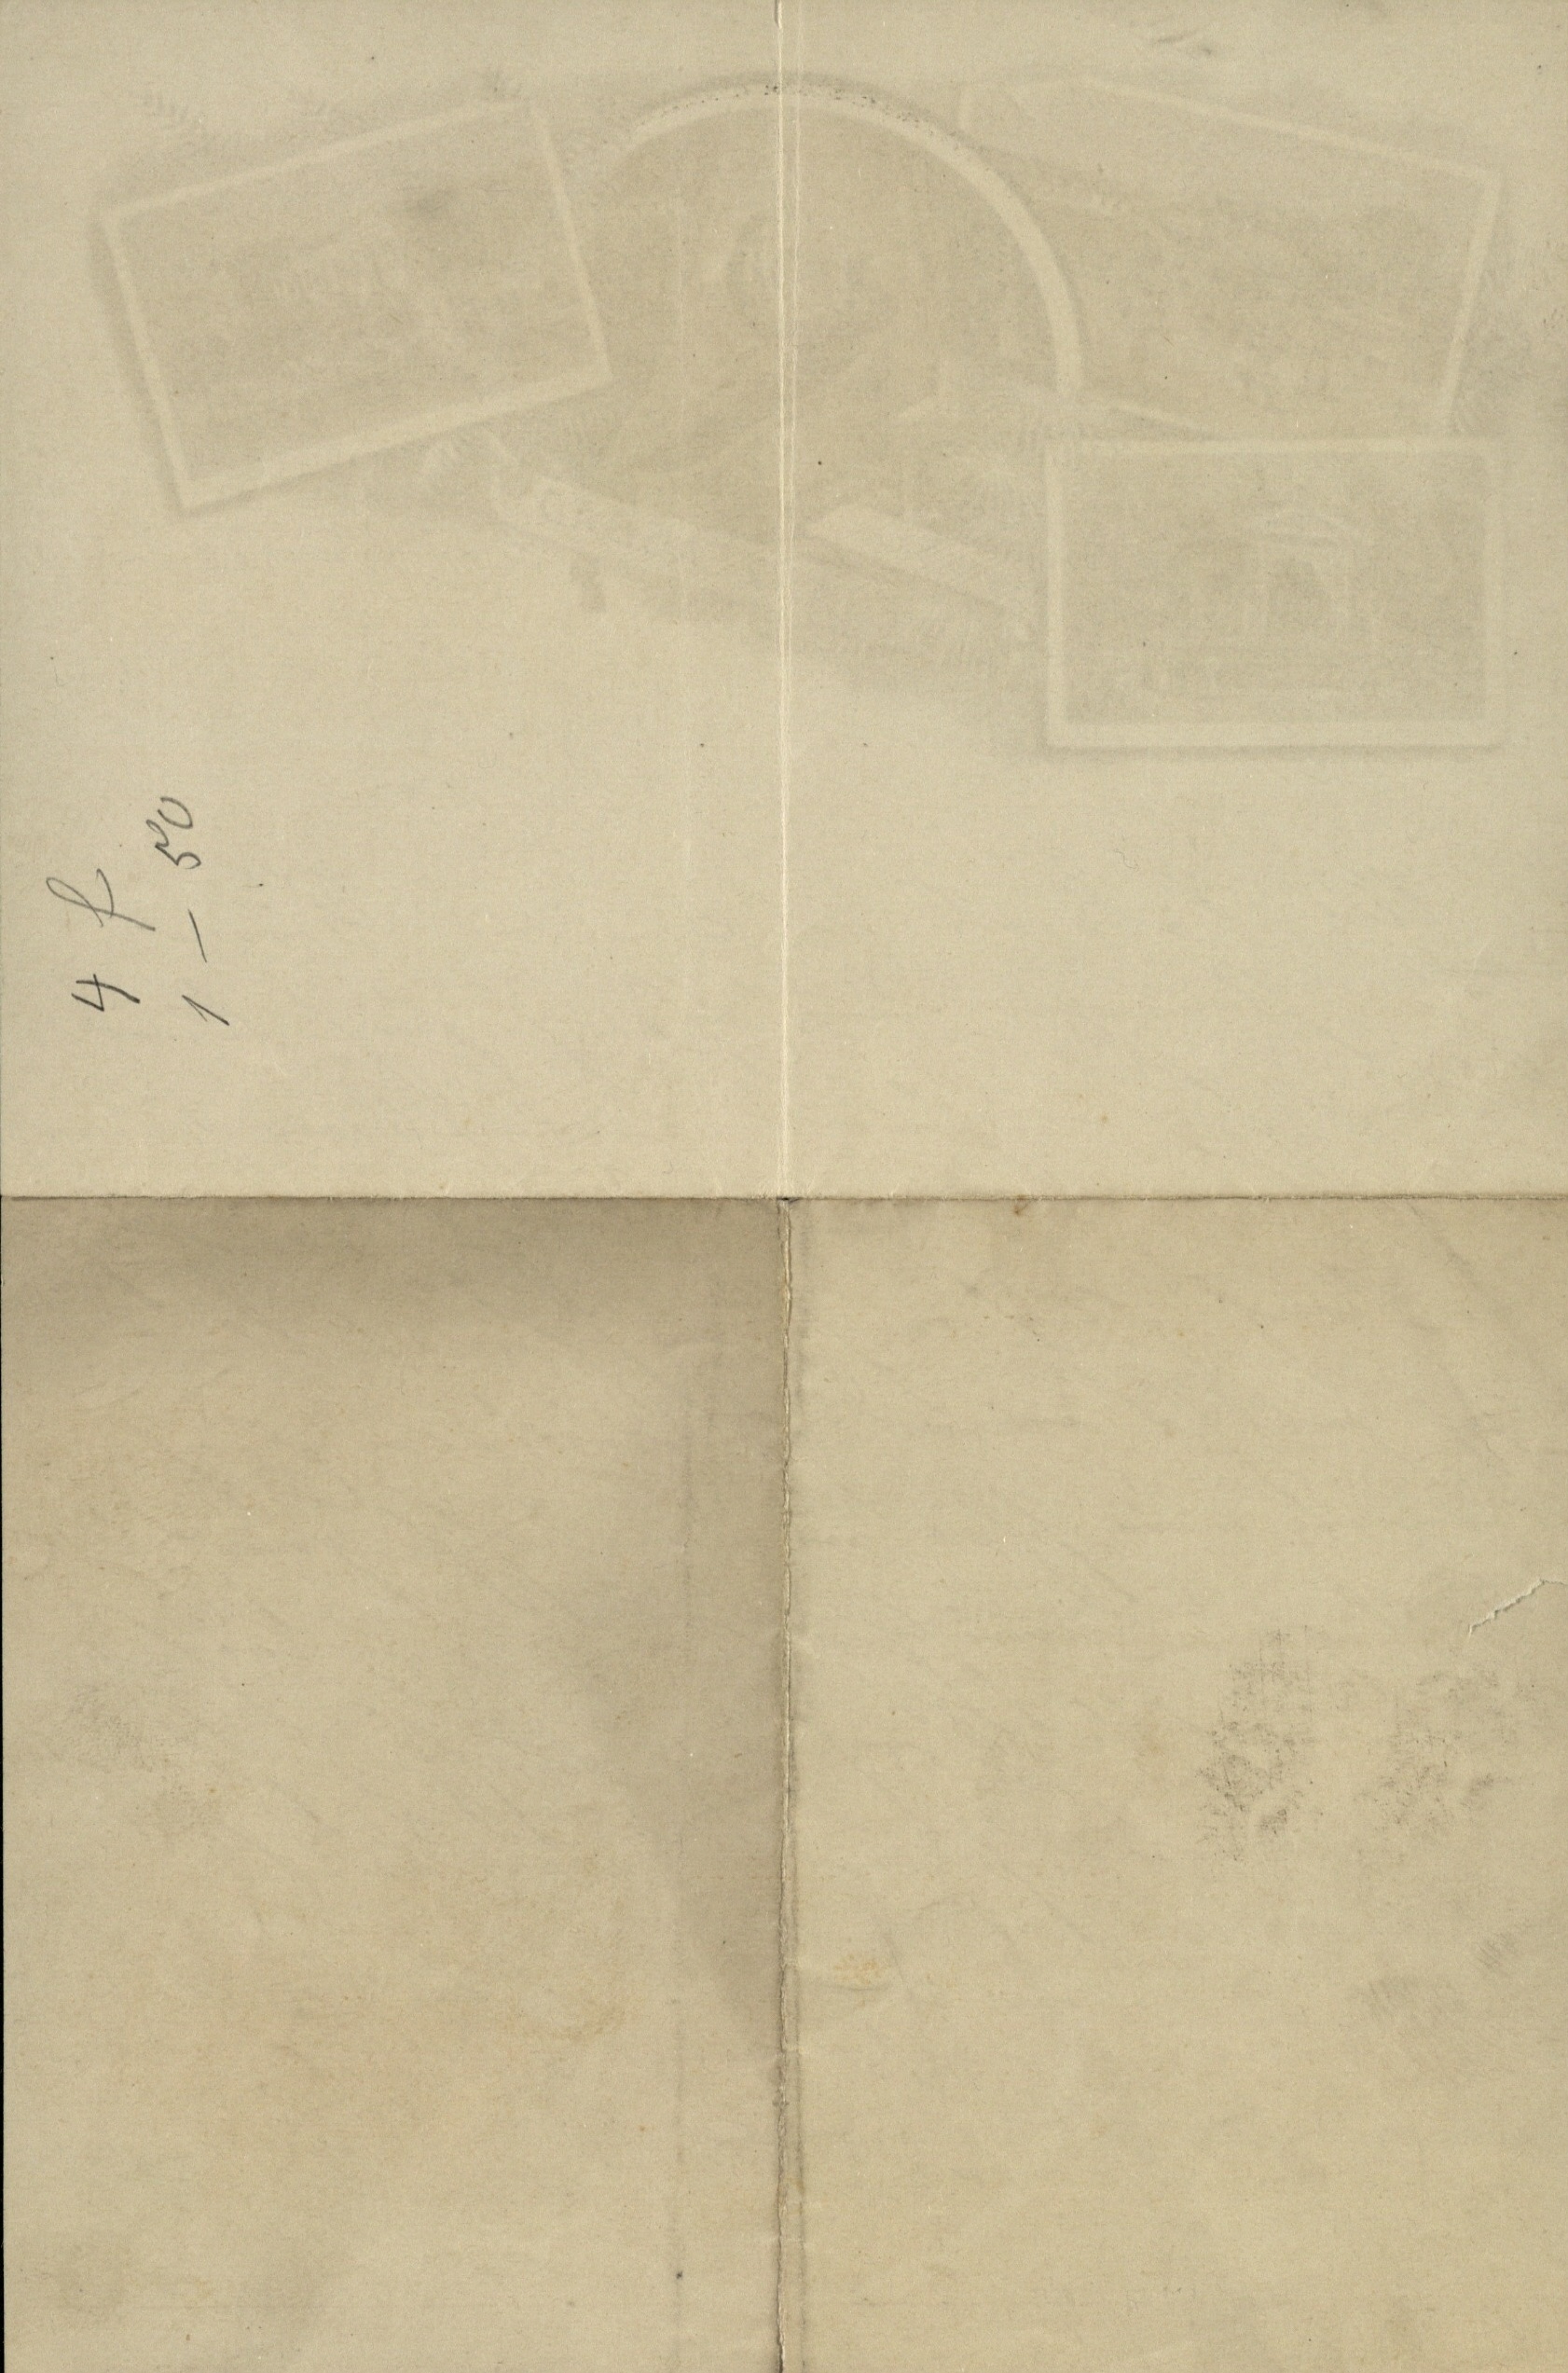
1 - 50

4 f